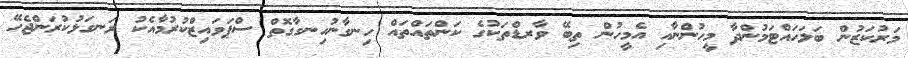
މަރުކަޒުން ބަލަހައްޓަމުންދާ މީހުންނާއި އެމީހުން ތިބޭ ވާރޑްތަކުގެ ކަންތައްތައް ހިނގާނުހިނގާގޮތް ސްޕަވައިޒްކުރުމާއެކު ރަނގަޅުކުރަންޖެހޭ